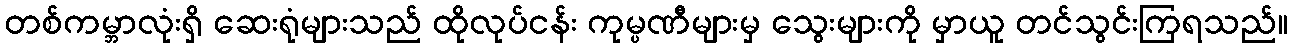
တစ်ကမ္ဘာလုံးရှိ ဆေးရုံများသည် ထိုလုပ်ငန်း ကုမ္ပဏီများမှ သွေးများကို မှာယူ တင်သွင်းကြရသည်။